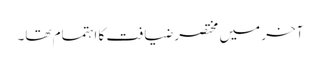
آخر میں مختصر ضیافت کا اہتمام تھا۔